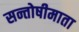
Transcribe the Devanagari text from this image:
सन्तोषीमाता